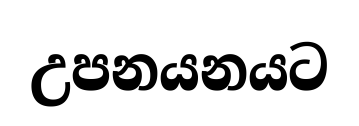
උපනයනයට